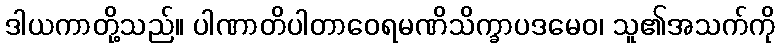
ဒါယကာတို့သည်။ ပါဏာတိပါတာဝေရမဏိသိက္ခာပဒမေဝ၊ သူ၏အသက်ကို